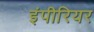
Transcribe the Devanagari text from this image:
इंपीरियर